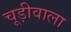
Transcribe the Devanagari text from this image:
चूड़ीवाला